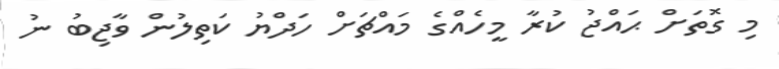
މި ގޮތަށް ޙައްޖު ކުރާ މީހެއްގެ މައްޗަށް ހަދްޔު ކަތިލުން ވާޖިބު ނު